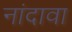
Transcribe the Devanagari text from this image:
नांदावा